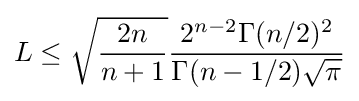
L\leq {\sqrt {\frac {2n}{n+1}}}{\frac {2^{n-2}\Gamma (n/2)^{2}}{\Gamma (n-1/2){\sqrt {\pi }}}}